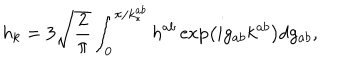
h _ { k } = 3 \sqrt { \frac { 2 } { \pi } } \int _ { 0 } ^ { \pi / k _ { * } ^ { a b } } h ^ { a b } \exp \left( i g _ { a b } k ^ { a b } \right) d g _ { a b } ,